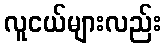
လူငယ်များလည်း